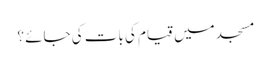
مسجد میں قیام کی بات کی جائے ؟